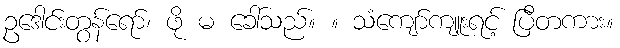
ဥဒေါင်းတွန်ရော်၊ ဖို မ ခေါ်သည်။ ။ သံကျော်ကျူးရင့် ပြီတကား။